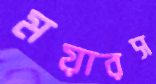
ময়ারস